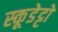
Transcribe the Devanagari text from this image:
स्कूडेट्टो